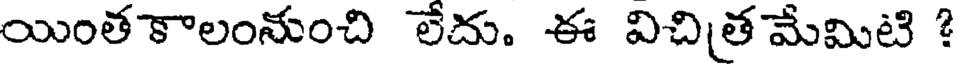
యింత కాలంనుంచి లేదు. ఈ విచిత మేమిటి ?